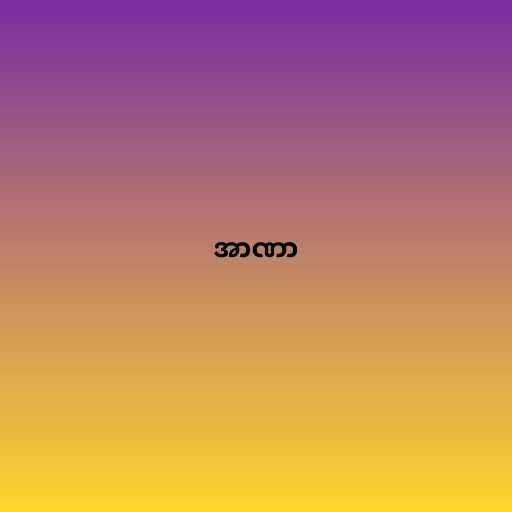
အာဏာ